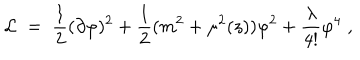
{ \cal L } \; = \; \frac { 1 } { 2 } ( \partial \varphi ) ^ { 2 } + \frac { 1 } { 2 } ( m ^ { 2 } + \mu ^ { 2 } ( z ) ) \varphi ^ { 2 } + \frac { \lambda } { 4 ! } \varphi ^ { 4 } \; ,